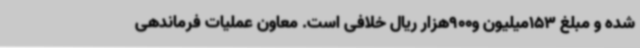
شده و مبلغ 153میلیون و900هزار ریال خلافی است. معاون عملیات فرماندهی